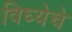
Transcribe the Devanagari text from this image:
विध्येचे